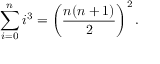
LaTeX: \sum _ { i = 0 } ^ { n } i ^ { 3 } = \left( { \frac { n ( n + 1 ) } { 2 } } \right) ^ { 2 } .